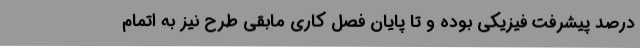
درصد پیشرفت فیزیکی بوده و تا پایان فصل کاری مابقی طرح نیز به اتمام